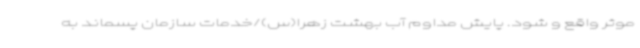
موثر واقع و شود. پایش مداوم آب بهشت زهرا(س)/خدمات سازمان پسماند به